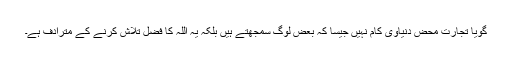
گویا تجارت محض دنیاوی کام نہیں جیسا کہ بعض لوگ سمجھتے ہیں بلکہ یہ اللہ کا فضل تلاش کرنے کے مترادف ہے۔